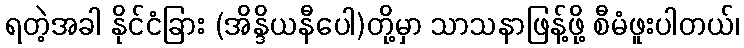
ရတဲ့အခါ နိုင်ငံခြား (အိန္ဒိယနီပေါ)တို့မှာ သာသနာဖြန့်ဖို့ စီမံဖူးပါတယ်၊